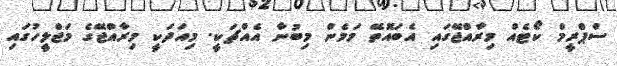
ސްޕްރީމް ކޯޓެއް މިރާއްޖޭގައި އެބައޮތޭ މަމެން މިބުނާ އެއްޗަކީ. މިއަދަކީ މިރާއްޖޭގެ މަޖްލީހުގައި